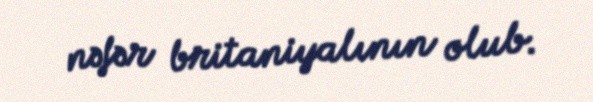
nəfər britaniyalının olub.